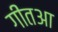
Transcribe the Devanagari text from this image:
गीतआ